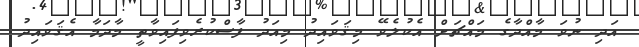
އަދި ނުވަ މާއްދާގެ މައްޗަށް އެކުލެވޭ މިޤަވައިދު މިއަދު ފާސްކުރެވިފައިވާތީ މާދަމާ އެޤަވައިދު